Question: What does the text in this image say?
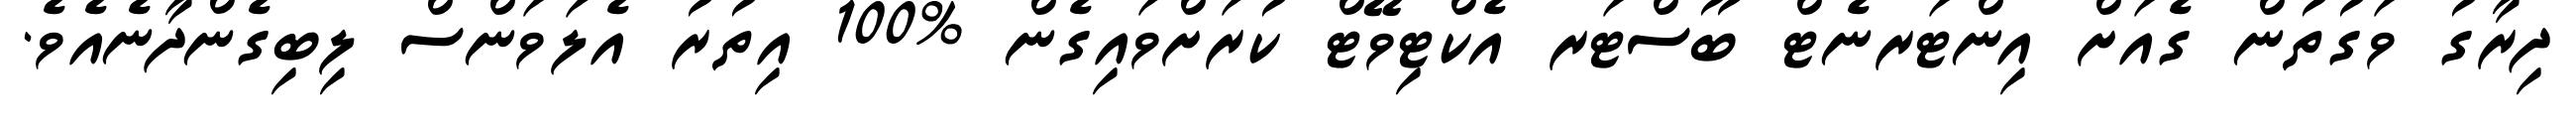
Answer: ދިރާގު ވަގުތުން ގެއަށް އިންޓަރނެޓް ބޫސްޓަރ އެކްޓިވޭޓް ކުރަށްވައިގެން %100 އިތުރު އެލަވަންސް ލިބިގެންދާނެއެވެ.